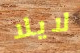
لايلا